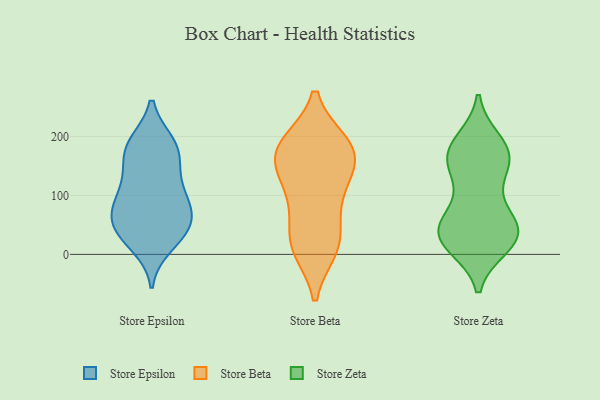
{"axis": {"x": "Population (Million)", "y": "Value"}, "legend": ["Store Beta", "Store Epsilon", "Store Zeta"], "data": [{"x": "", "y": 127, "type": "Store Epsilon"}, {"x": "", "y": 84, "type": "Store Epsilon"}, {"x": "", "y": 44, "type": "Store Epsilon"}, {"x": "", "y": 83, "type": "Store Epsilon"}, {"x": "", "y": 110, "type": "Store Epsilon"}, {"x": "", "y": 171, "type": "Store Epsilon"}, {"x": "", "y": 38, "type": "Store Epsilon"}, {"x": "", "y": 78, "type": "Store Epsilon"}, {"x": "", "y": 37, "type": "Store Epsilon"}, {"x": "", "y": 75, "type": "Store Epsilon"}, {"x": "", "y": 43, "type": "Store Epsilon"}, {"x": "", "y": 16, "type": "Store Epsilon"}, {"x": "", "y": 185, "type": "Store Epsilon"}, {"x": "", "y": 185, "type": "Store Epsilon"}, {"x": "", "y": 188, "type": "Store Epsilon"}, {"x": "", "y": 148, "type": "Store Epsilon"}, {"x": "", "y": 10, "type": "Store Beta"}, {"x": "", "y": 87, "type": "Store Beta"}, {"x": "", "y": 33, "type": "Store Beta"}, {"x": "", "y": 186, "type": "Store Beta"}, {"x": "", "y": 86, "type": "Store Beta"}, {"x": "", "y": 188, "type": "Store Beta"}, {"x": "", "y": 132, "type": "Store Beta"}, {"x": "", "y": 170, "type": "Store Beta"}, {"x": "", "y": 15, "type": "Store Beta"}, {"x": "", "y": 143, "type": "Store Beta"}, {"x": "", "y": 181, "type": "Store Beta"}, {"x": "", "y": 185, "type": "Store Beta"}, {"x": "", "y": 12, "type": "Store Beta"}, {"x": "", "y": 145, "type": "Store Beta"}, {"x": "", "y": 39, "type": "Store Zeta"}, {"x": "", "y": 148, "type": "Store Zeta"}, {"x": "", "y": 52, "type": "Store Zeta"}, {"x": "", "y": 163, "type": "Store Zeta"}, {"x": "", "y": 172, "type": "Store Zeta"}, {"x": "", "y": 190, "type": "Store Zeta"}, {"x": "", "y": 38, "type": "Store Zeta"}, {"x": "", "y": 27, "type": "Store Zeta"}, {"x": "", "y": 16, "type": "Store Zeta"}, {"x": "", "y": 102, "type": "Store Zeta"}, {"x": "", "y": 58, "type": "Store Zeta"}, {"x": "", "y": 146, "type": "Store Zeta"}, {"x": "", "y": 176, "type": "Store Zeta"}, {"x": "", "y": 24, "type": "Store Zeta"}, {"x": "", "y": 176, "type": "Store Zeta"}, {"x": "", "y": 25, "type": "Store Zeta"}, {"x": "", "y": 43, "type": "Store Zeta"}]}